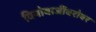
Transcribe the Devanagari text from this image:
विनोबाजींबरोबर